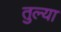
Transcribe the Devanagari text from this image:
तुल्या